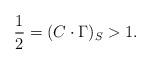
LaTeX: \begin{align*}\frac{1}{2} = (C \cdot \Gamma)_S > 1.\end{align*}